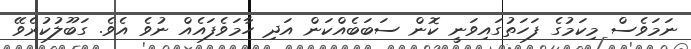
ނަމަވެސް މިކަމުގެ ފަހަތުގައިވަނީ ކޮން ސަބަބެއްކަން އަދި ހާމަވެފައެއް ނުވެ އެވެ. ގަބޫލުކުރެވޭ